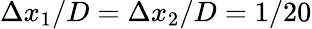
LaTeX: \Delta x_{\mathrm{1}}/D=\Delta x_{\mathrm{2}}/D=1/20